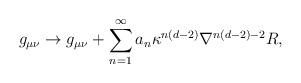
LaTeX: \begin{align*}g_{\mu \nu }\rightarrow g_{\mu \nu }+\sum_{n=1}^{\infty }a_{n}\kappa^{n(d-2)}\nabla ^{n(d-2)-2}R,\end{align*}